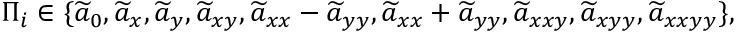
\Pi _ { i } \in \{ \widetilde { a } _ { 0 } , \widetilde { a } _ { x } , \widetilde { a } _ { y } , \widetilde { a } _ { x y } , \widetilde { a } _ { x x } - \widetilde { a } _ { y y } , \widetilde { a } _ { x x } + \widetilde { a } _ { y y } , \widetilde { a } _ { x x y } , \widetilde { a } _ { x y y } , \widetilde { a } _ { x x y y } \} ,